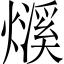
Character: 𤐓